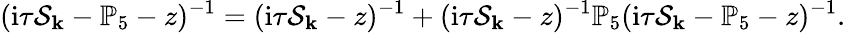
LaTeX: (\mathrm{i}\tau\mathcal{S}_{\mathbf{k}}-\mathbb{P}_{5}-z)^{-1}=(\mathrm{i}\tau\mathcal{S}_{\mathbf{k}}-z)^{-1}+(\mathrm{i}\tau\mathcal{S}_{\mathbf{k}}-z)^{-1}\mathbb{P}_{5}(\mathrm{i}\tau\mathcal{S}_{\mathbf{k}}-\mathbb{P}_{5}-z)^{-1}.